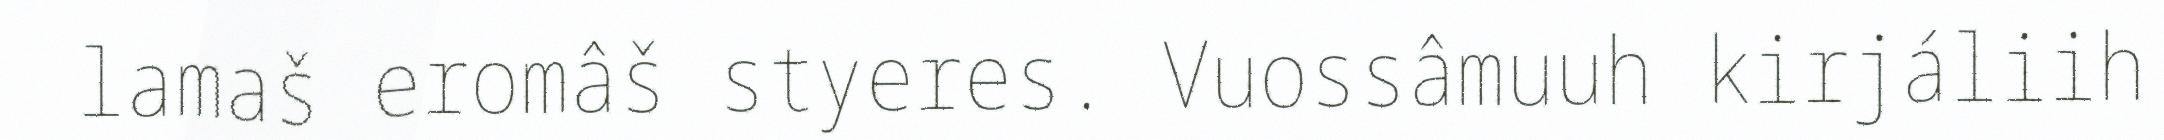
lamaš eromâš styeres. Vuossâmuuh kirjáliih